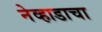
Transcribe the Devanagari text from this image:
नेव्हाडाचा